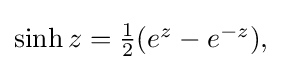
{\textstyle \sinh z={\tfrac {1}{2}}(e^{z}-e^{-z}),}